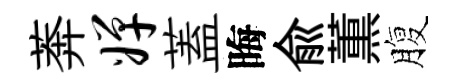
莾婵蓋晦俞薫腹